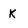
Character: K